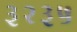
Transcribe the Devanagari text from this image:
३२३५